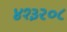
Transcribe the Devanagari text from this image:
४१३२०८